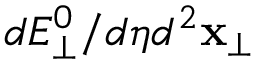
d E _ { \perp } ^ { 0 } / d \eta d ^ { 2 } \mathbf { x } _ { \perp }